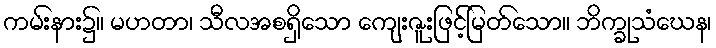
ကမ်းနား၌။ မဟတာ၊ သီလအစရှိသော ကျေးဇူးဖြင့်မြတ်သော။ ဘိက္ခုသံဃေန၊